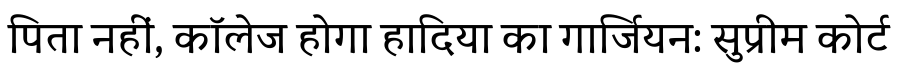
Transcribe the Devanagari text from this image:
पिता नहीं, कॉलेज होगा हादिया का गार्जियन: सुप्रीम कोर्ट